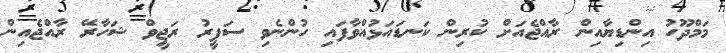
މަމްދޫހު އިންޑިޔާއިން ރާއްޖެއަށް ކުރިން ކަނޑައަޅުއްވާފައި ހުންނެވި ސަފީރު ރަޖީވް ޝަހާރޭ ރާއްޖެއިން